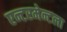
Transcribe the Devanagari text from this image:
एन्टरमेन्टला